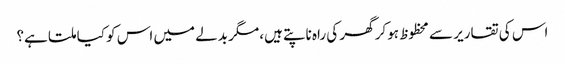
اس کی تقاریر سے محظوظ ہوکر گھر کی راہ ناپتے ہیں، مگر بدلے میں اس کو کیا ملتا ہے؟